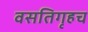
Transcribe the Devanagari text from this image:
वसतिगृहच